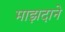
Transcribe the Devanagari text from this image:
माझदाने